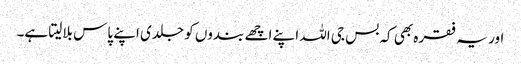
اور یہ فقرہ بھی کہ بس جی اللہ اپنے اچھے بندوں کو جلدی اپنے پاس بلالیتا ہے۔